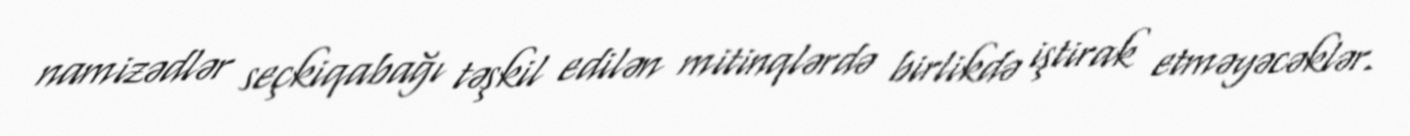
namizədlər seçkiqabağı təşkil edilən mitinqlərdə birlikdə iştirak etməyəcəklər.